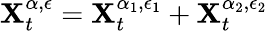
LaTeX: \mathbf{X}_{t}^{\alpha,\epsilon}=\mathbf{X}_{t}^{\alpha_{1},\epsilon_{1}}+\mathbf{X}_{t}^{\alpha_{2},\epsilon_{2}}